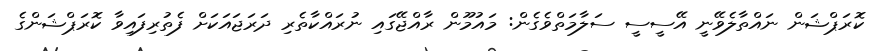
ކޮރަޕްޝަން ނައްތާލެވޭނީ އޭސީސީ ސަލާމަތްވެގެން: މައުމޫން ރާއްޖޭގައި ނުރައްކާތެރި ދަރަޖައަކަށް ފެތުރިފައިވާ ކޮރަޕްޝަންގެ